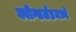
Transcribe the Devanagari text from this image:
क्वीन्सलँडमध्ये